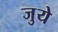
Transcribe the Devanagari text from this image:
जुये